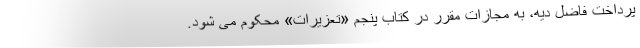
پرداخت فاضل دیه، به مجازات مقرر در کتاب پنجم «تعزیرات» محکوم می شود.